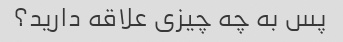
پس به چه چیزی علاقه دارید؟